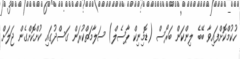
ހުކުމްކޮށްފައިވާ ބޭބެ ލިންކަން ބަރޯސް (ޑޮމިނިކް ޕާސެލް) ސަލާމަތްކުރަން ގަސްދުގައި ކުށްކޮށްގެން ޖަލަށް